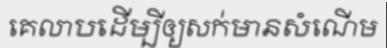
គេលាបដើម្បីឲ្យសក់មានសំណើម